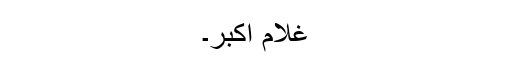
غلام اکبر۔